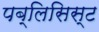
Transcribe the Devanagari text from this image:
पब्लिसिस्ट